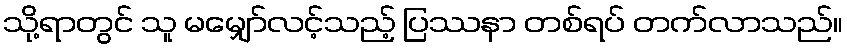
သို့ရာတွင် သူ မမျှော်လင့်သည့် ပြဿနာ တစ်ရပ် တက်လာသည်။